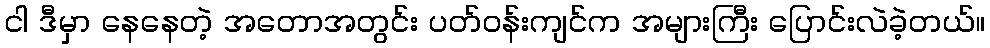
ငါ ဒီမှာ နေနေတဲ့ အတောအတွင်း ပတ်ဝန်းကျင်က အများကြီး ပြောင်းလဲခဲ့တယ်။